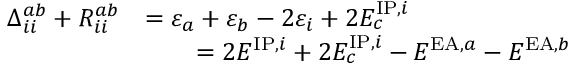
\begin{array} { r l } { \Delta _ { i i } ^ { a b } + R _ { i i } ^ { a b } } & { = \varepsilon _ { a } + \varepsilon _ { b } - 2 \varepsilon _ { i } + 2 E _ { c } ^ { \mathrm { I P } , i } } \\ & { \qquad = 2 E ^ { \mathrm { I P } , i } + 2 E _ { c } ^ { \mathrm { I P } , i } - E ^ { \mathrm { E A } , a } - E ^ { \mathrm { E A } , b } } \end{array}